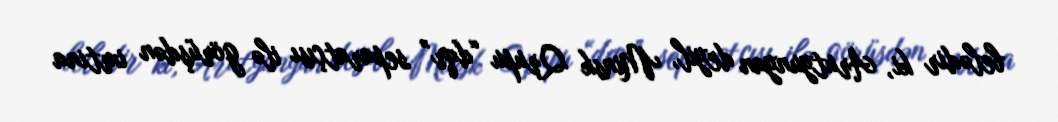
belədir ki, Arutyunyan deyil, Minsk Qrupu “dqr” separatçısı ilə görüşdən imtina